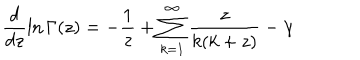
\frac { d } { d z } \ln \Gamma ( z ) = - \frac { 1 } { z } + \sum _ { k = 1 } ^ { \infty } \frac { z } { k ( k + z ) } - \gamma